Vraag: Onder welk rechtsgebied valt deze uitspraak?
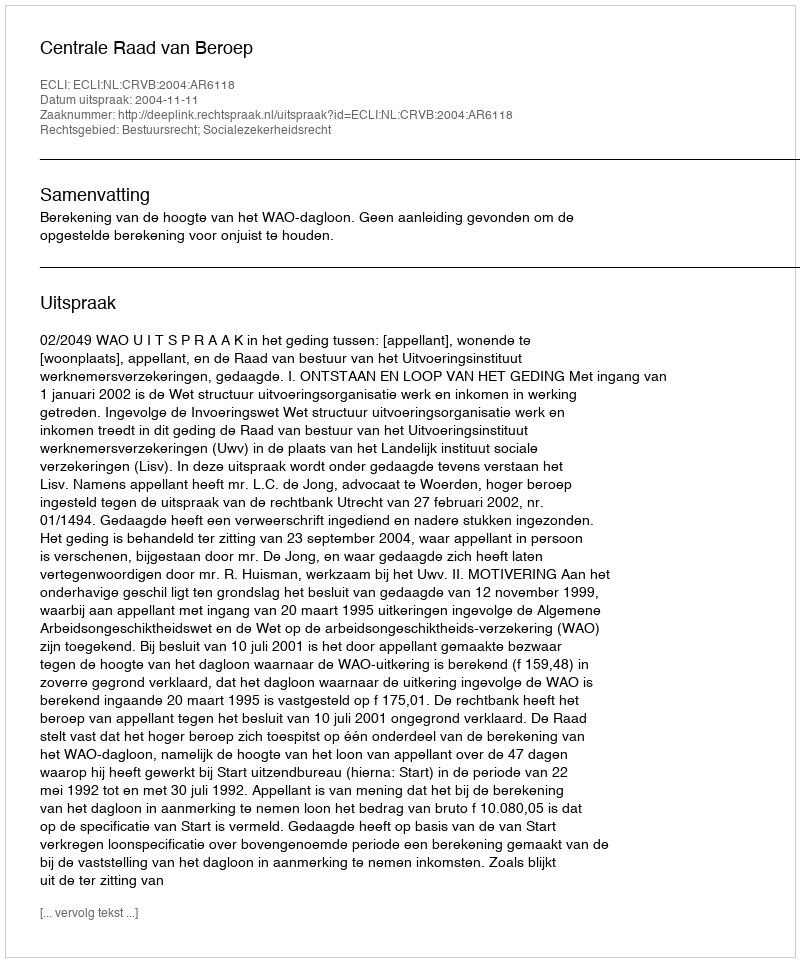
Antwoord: Bestuursrecht; Socialezekerheidsrecht